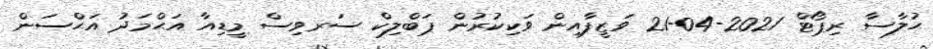
ޙުލާސާ ރިޕޯޓް 2021-04-21 ވަޒީފާއިން ވަކިކުރުން ޕަބްލިކް ސަރވިސް މީޑިއާ އަޙްމަދު އަޙްސަން